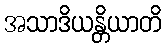
အသာဒိယန္တိယာတိ